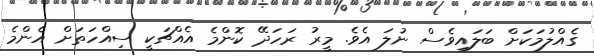
ގެއްލުމަކަށް ބަލައިވެސް ނުލަ އެވެ. މީރު ރަހަދޭ ކޮންމެ އެއްޗަކީ ސިއްހަތަށް އެންމެ